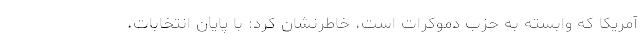
آمریکا که وابسته به حزب دموکرات است، خاطرنشان کرد: با پایان انتخابات،